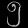
Digit: ၅